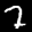
Label: 7